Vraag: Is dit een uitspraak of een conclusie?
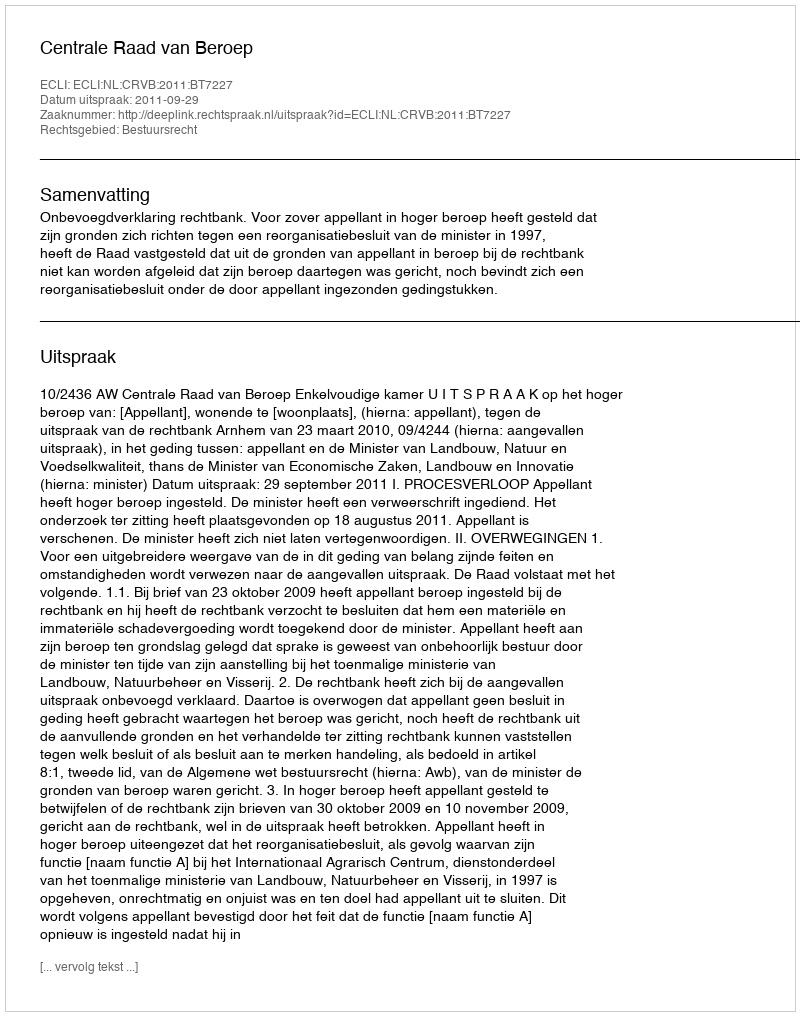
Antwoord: Uitspraak